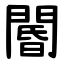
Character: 閽